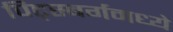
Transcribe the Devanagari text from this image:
पिट्स्बर्गमध्ये